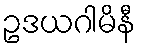
ဥဒယဂါမိနီ